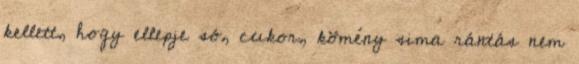
kellett, hogy ellepje só, cukor, kömény sima rántás nem